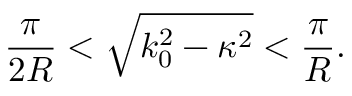
\frac { \pi } { 2 R } < \sqrt { k _ { 0 } ^ { 2 } - \kappa ^ { 2 } } < \frac { \pi } { R } .